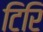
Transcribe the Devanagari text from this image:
टिरि